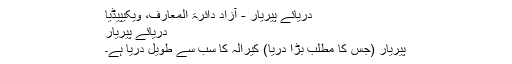
دریائے پیریار - آزاد دائرۃ المعارف، ویکیپیڈیا
دریائے پیریار
پیریار (جس کا مطلب بڑا دریا) کیرالہ کا سب سے طویل دریا ہے۔